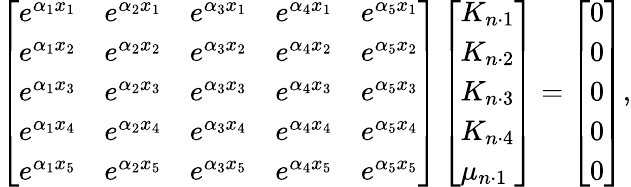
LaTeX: \left[\begin{array}{lllll}{e^{\alpha_{1}x_{1}}}&{e^{\alpha_{2}x_{1}}}&{e^{\alpha_{3}x_{1}}}&{e^{\alpha_{4}x_{1}}}&{e^{\alpha_{5}x_{1}}}\\ {e^{\alpha_{1}x_{2}}}&{e^{\alpha_{2}x_{2}}}&{e^{\alpha_{3}x_{2}}}&{e^{\alpha_{4}x_{2}}}&{e^{\alpha_{5}x_{2}}}\\ {e^{\alpha_{1}x_{3}}}&{e^{\alpha_{2}x_{3}}}&{e^{\alpha_{3}x_{3}}}&{e^{\alpha_{4}x_{3}}}&{e^{\alpha_{5}x_{3}}}\\ {e^{\alpha_{1}x_{4}}}&{e^{\alpha_{2}x_{4}}}&{e^{\alpha_{3}x_{4}}}&{e^{\alpha_{4}x_{4}}}&{e^{\alpha_{5}x_{4}}}\\ {e^{\alpha_{1}x_{5}}}&{e^{\alpha_{2}x_{5}}}&{e^{\alpha_{3}x_{5}}}&{e^{\alpha_{4}x_{5}}}&{e^{\alpha_{5}x_{5}}}\end{array}\right]\left[\begin{array}{l}{K_{n\cdot 1}}\\ {K_{n\cdot 2}}\\ {K_{n\cdot 3}}\\ {K_{n\cdot 4}}\\ {\mu_{n\cdot 1}}\end{array}\right]=\left[\begin{array}{l}{0}\\ {0}\\ {0}\\ {0}\\ {0}\end{array}\right],